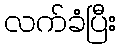
လက်ခံပြီး